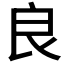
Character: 良